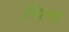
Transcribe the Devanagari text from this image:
गिण